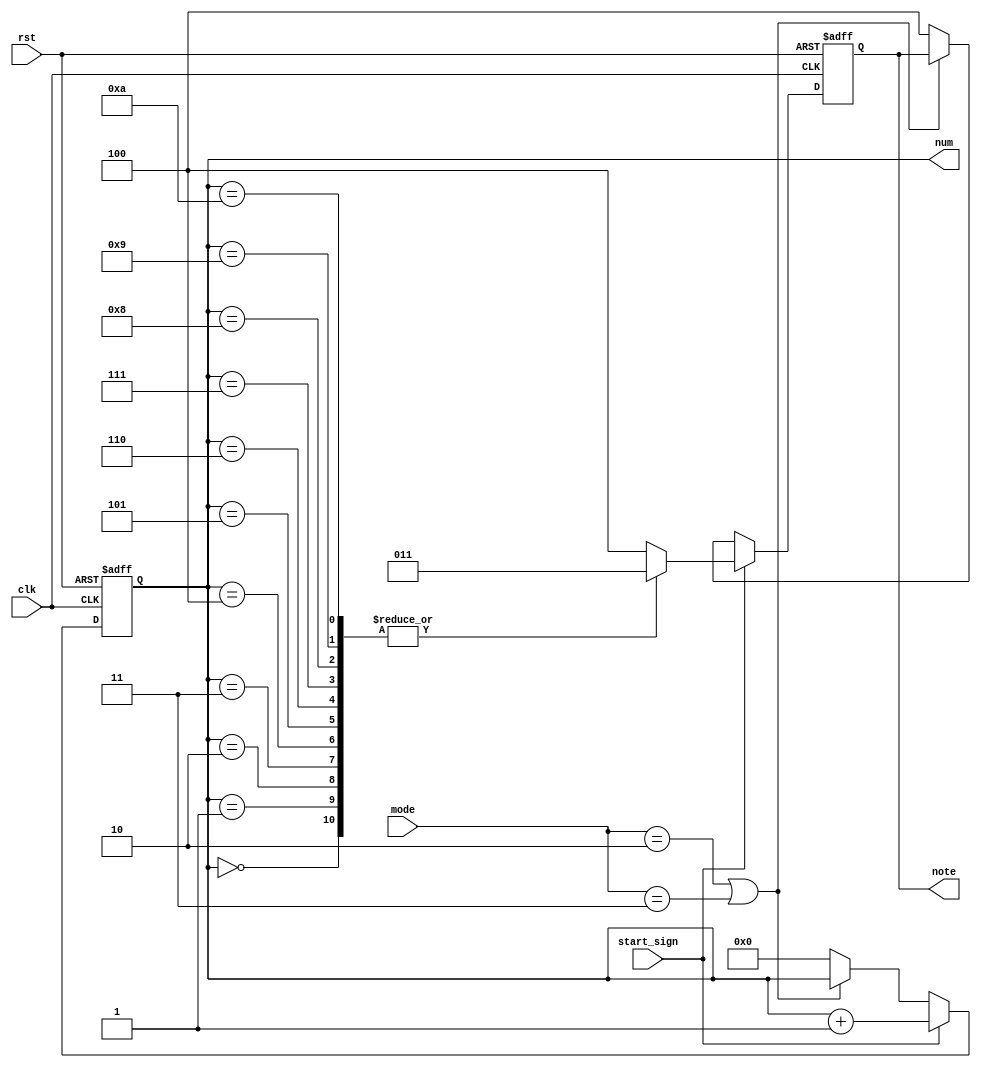
`timescale 1ns / 1ps
`define sel_song1 4'b0000
`define sel_song2 4'b0001
`define play1 4'b0010   
`define play2 4'b0011   
`define ending 4'b0100  
`define play1_ps 4'b0101
`define play1_pm 4'b0110
`define play2_ps 4'b0111
`define play2_pm 4'b1000
module spectrum(
    input clk,
    input rst,
    input start_sign,
    input [3:0]mode,
    output reg [2:0] note,
    output reg [1359:0] num
);

always@ (posedge clk or posedge rst)
if (rst)
begin
    note <= 0;
    num <= 0;
end
else if (start_sign)
begin
    case (num)
    0 : begin note <= 3; num <= num + 1; end
    1 : begin note <= 3; num <= num + 1; end 
    2 : begin note <= 3; num <= num + 1; end 
    3 : begin note <= 3; num <= num + 1; end 
    4 : begin note <= 3; num <= num + 1; end 
    5 : begin note <= 3; num <= num + 1; end 
    6 : begin note <= 3; num <= num + 1; end 
    7 : begin note <= 3; num <= num + 1; end 
    8 : begin note <= 3; num <= num + 1; end 
    9 : begin note <= 3; num <= num + 1; end 
    10 : begin note <= 3; num <= num + 1; end
    default : begin note <= 4; num <= num + 1; end
    endcase 
end
else if (~(mode == `play1 | mode == `play2))begin note <= 4; num <= 0; end
else begin note <= note; num <= num; end

endmodule